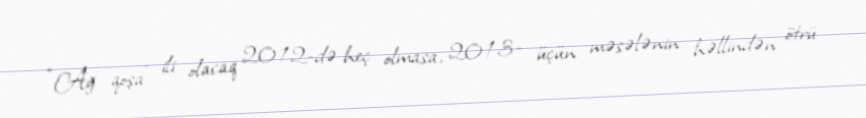
“Ağ qoşa” ili olacaq 2012-də heç olmasa, 2013- üçün məsələnin həllindən ötrü